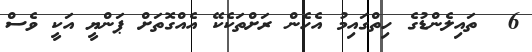
6  ތައިލެންޑުގެ ހިތްގައިމު އެހެން ރަށްތަކެކޭ އެއްގޮތަށް ޕަންޔީ އަކީ ވެސް